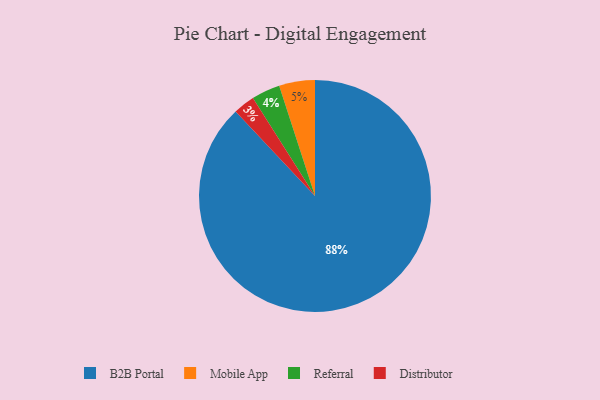
{"axis": {"x": "Category", "y": "Percentage"}, "legend": ["B2B Portal", "Distributor", "Mobile App", "Referral"], "data": [{"x": "Distributor", "y": 3, "type": "Distributor"}, {"x": "B2B Portal", "y": 88, "type": "B2B Portal"}, {"x": "Mobile App", "y": 5, "type": "Mobile App"}, {"x": "Referral", "y": 4, "type": "Referral"}]}